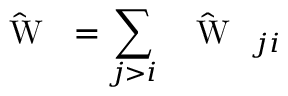
\hat { \mathrm { ~ { ~ \cal ~ W ~ } ~ } } = \sum _ { j > i } \hat { \mathrm { ~ { ~ \cal ~ W ~ } ~ } } _ { j i }